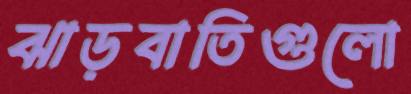
ঝাড়বাতিগুলো